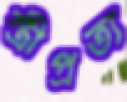
স্ত্রীপ্রত্য